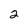
Character: 2